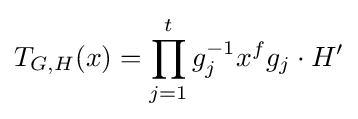
T_{G,H}(x)=\prod _{j=1}^{t}g_{j}^{-1}x^{f}g_{j}\cdot H'